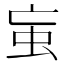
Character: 䖟